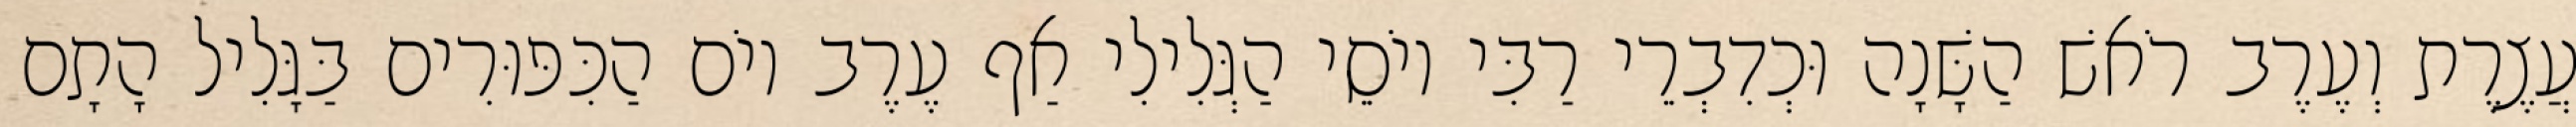
עֲצֶרֶת וְעֶרֶב רֹאשׁ הַשָּׁנָה וּכְדִבְרֵי רַבִּי יוֹסֵי הַגְּלִילִי אַף עֶרֶב יוֹם הַכִּפּוּרִים בַּגָּלִיל הָתָם